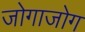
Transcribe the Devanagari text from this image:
जोगाजोग